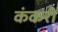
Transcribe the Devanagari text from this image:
कंकरी